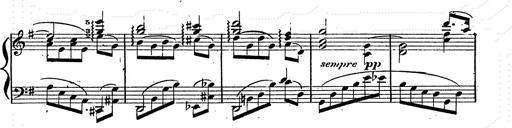
Title: Franz Schuberts geistliche Lieder
Composer: Franz Liszt